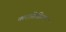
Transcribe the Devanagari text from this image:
क्लासिसिज़्म